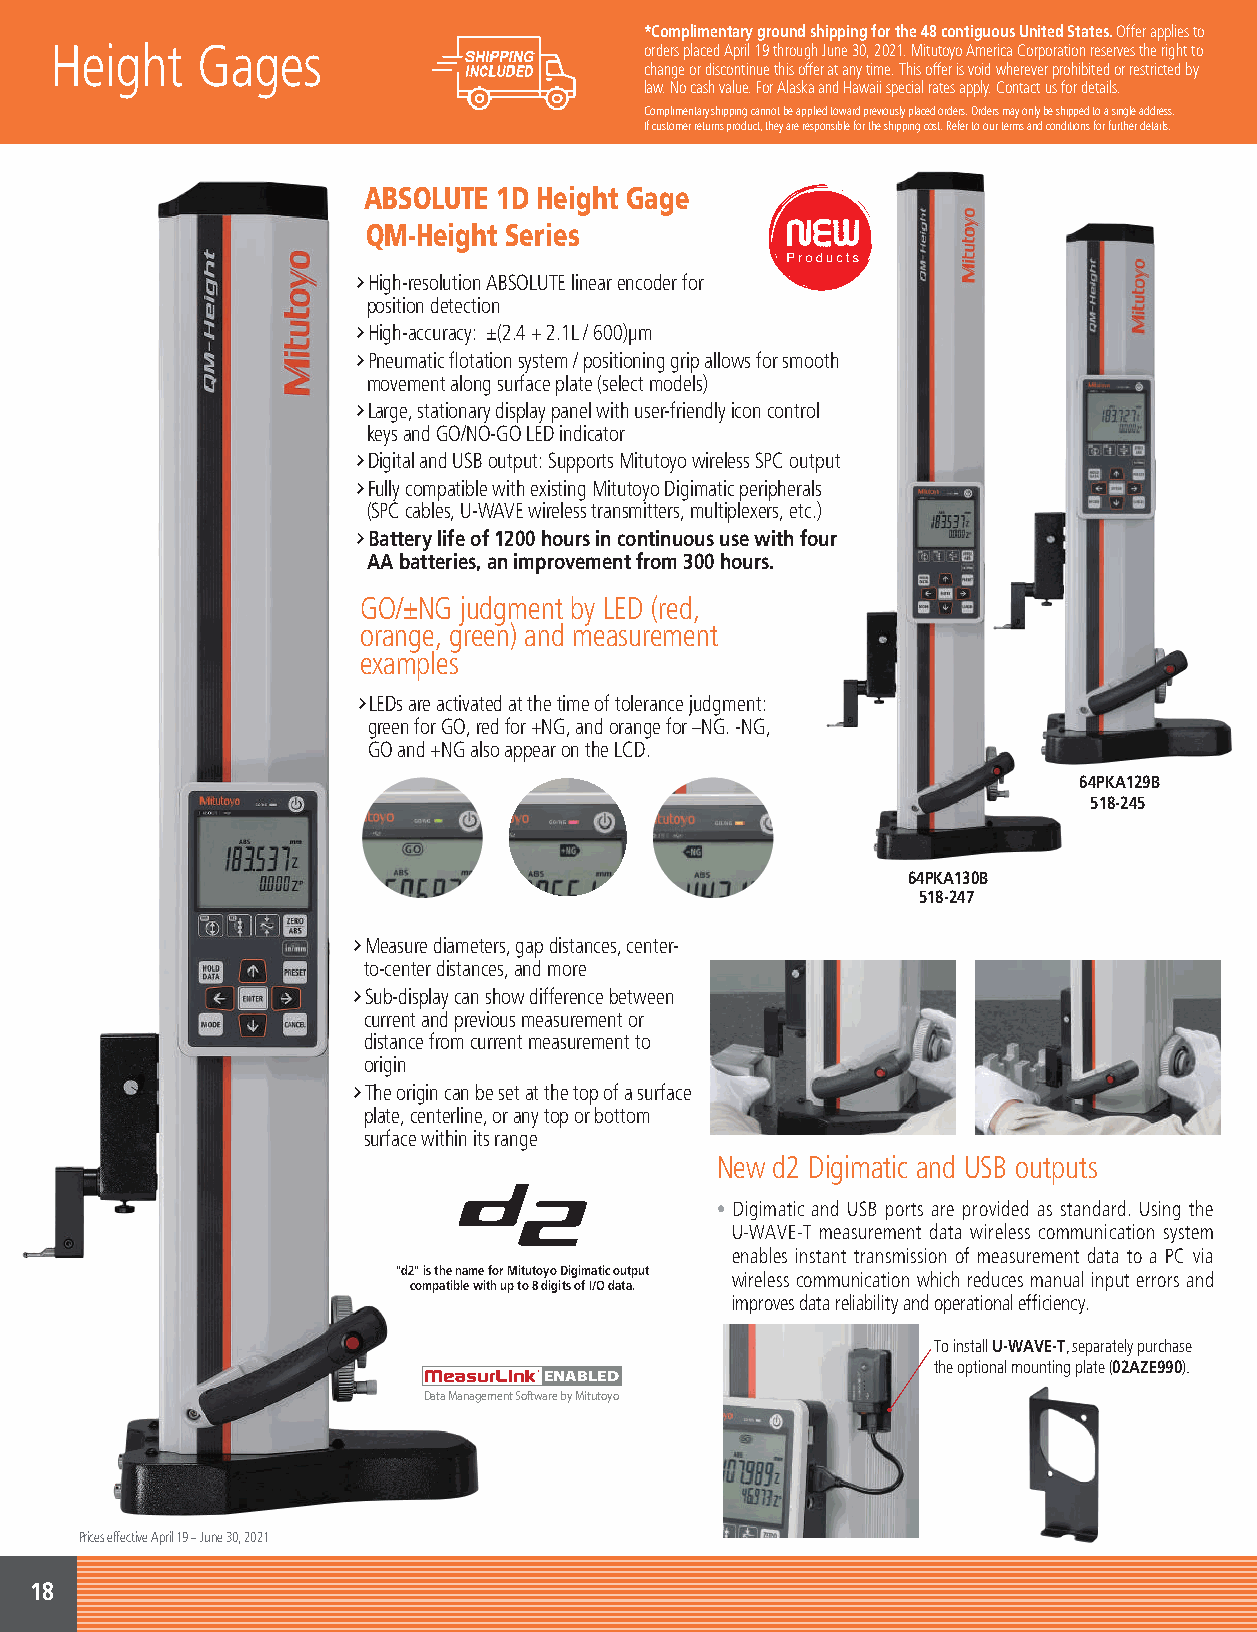
*Complimentary ground shipping for the 48 contiguous United States. Offer applies to
 Height    Gages                         ordersG placead Apgril 1e9 th rouBgh Jluone 3c0, 2k021s. M itu/to yoS AmPericaC Corp orCation aresebrves lthee rigsht to
 change or discontinue this offer at any time. This offer is void wherever prohibited or restricted by
 law. No cash value. For Alaska and Hawaii special rates apply. Contact us for details.
 Complimentary shipping cannot be applied toward previously placed orders. Orders may only be shipped to a single address.
 If customer returns product, they are responsible for the shipping cost. Refer to our terms and conditions for further details.
 ABSOLUTE 1D Height Gage
 QM-Height Series
 †High-resolution ABSOLUTE linear encoder for
 position detection
 †High-accuracy: ±(2.4 + 2.1L / 600)μm
 †Pneumatic flotation system / positioning grip allows for smooth
 movement along surface plate (select models)
 †Large, stationary display panel with user-friendly icon control
 keys and GO/NO-GO LED indicator
 †Digital and USB output: Supports Mitutoyo wireless SPC output
 †Fully compatible with existing Mitutoyo Digimatic peripherals
 (SPC cables, U-WAVE wireless transmitters, multiplexers, etc.)
 †Battery life of 1200 hours in continuous use with four
 AA batteries, an improvement from 300 hours.
 GO/±NG judgment by LED (red,
 orange, green) and measurement
 examples
 †LEDs are activated at the time of tolerance judgment:
 green for GO, red for +NG, and orange for –NG. -NG,
 GO and +NG also appear on the LCD.
 64PKA129B
 518-245
 64PKA130B
 518-247
 †Measure diameters, gap distances, center-
 to-center distances, and more
 †Sub-display can show difference between
 current and previous measurement or
 distance from current measurement to
 origin
 †The origin can be set at the top of a surface
 plate, centerline, or any top or bottom
 surface within its range
 New d2 Digimatic and USB outputs
 • Digimatic and USB ports are provided as standard. Using the
 U-WAVE-T measurement data wireless communication system
 enables instant transmission of measurement data to a PC via
 "d2" is the name for Mitutoyo Digimatic output wireless communication which reduces manual input errors and
 compatible with up to 8 digits of I/O data.
 improves data reliability and operational efficiency.
 To install U-WAVE-T, separately purchase
 the optional mounting plate (02AZE990).
 ENABLED
 Data Management Software by Mitutoyo
 Prices effective April 19 – June 30, 2021
 18